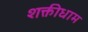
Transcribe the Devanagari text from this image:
शक्तीधाम